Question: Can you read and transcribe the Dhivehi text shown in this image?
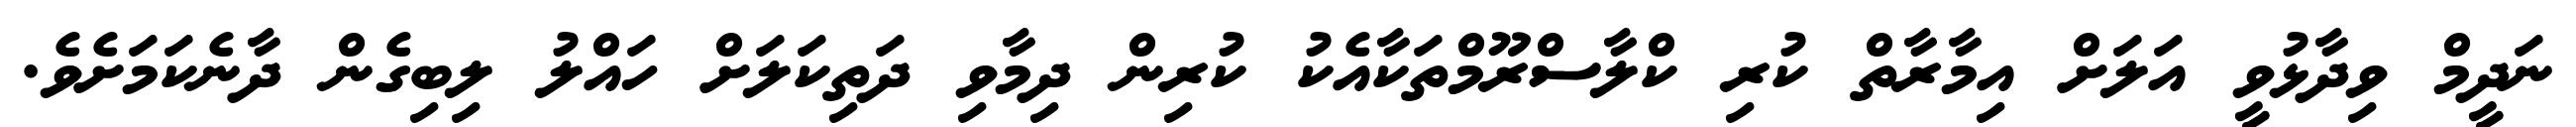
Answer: ނަދީމް ވިދާޅުވީ އަލަށް އިމާރާތް ކުރި ކްލާސްރޫމްތަކާއެކު ކުރިން ދިމާވި ދަތިކަލަށް ހައްލު ލިބިގެން ދާނެކަމަށެވެ.